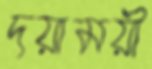
দয়াময়ী